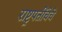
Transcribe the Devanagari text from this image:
राष्ट्रपतींचेचे